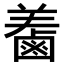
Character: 𪉤